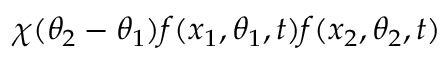
\chi ( \theta _ { 2 } - \theta _ { 1 } ) f ( x _ { 1 } , \theta _ { 1 } , t ) f ( x _ { 2 } , \theta _ { 2 } , t )